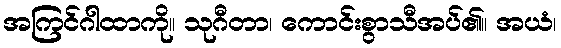
အကြင်ဂါထာကို။ သုဂီတာ၊ ကောင်းစွာသီအပ်၏။ အယံ၊